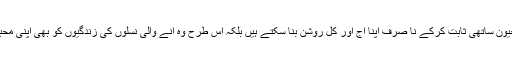
میاں بیوی خود کو ایک دوسرے کا اچھا جیون ساتھی ثابت کرکے نا صرف اپنا آج اور کل روشن بنا سکتے ہیں بلکہ اس طرح وہ آنے والی نسلوں کی زندگیوں کو بھی اپنی محبت کی خوشبو سے سرشار کر سکتے ہیں۔